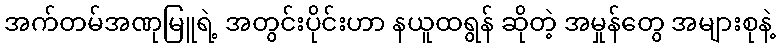
အက်တမ်အဏုမြူရဲ့ အတွင်းပိုင်းဟာ နယူထရွန် ဆိုတဲ့ အမှုန်တွေ အများစုနဲ့